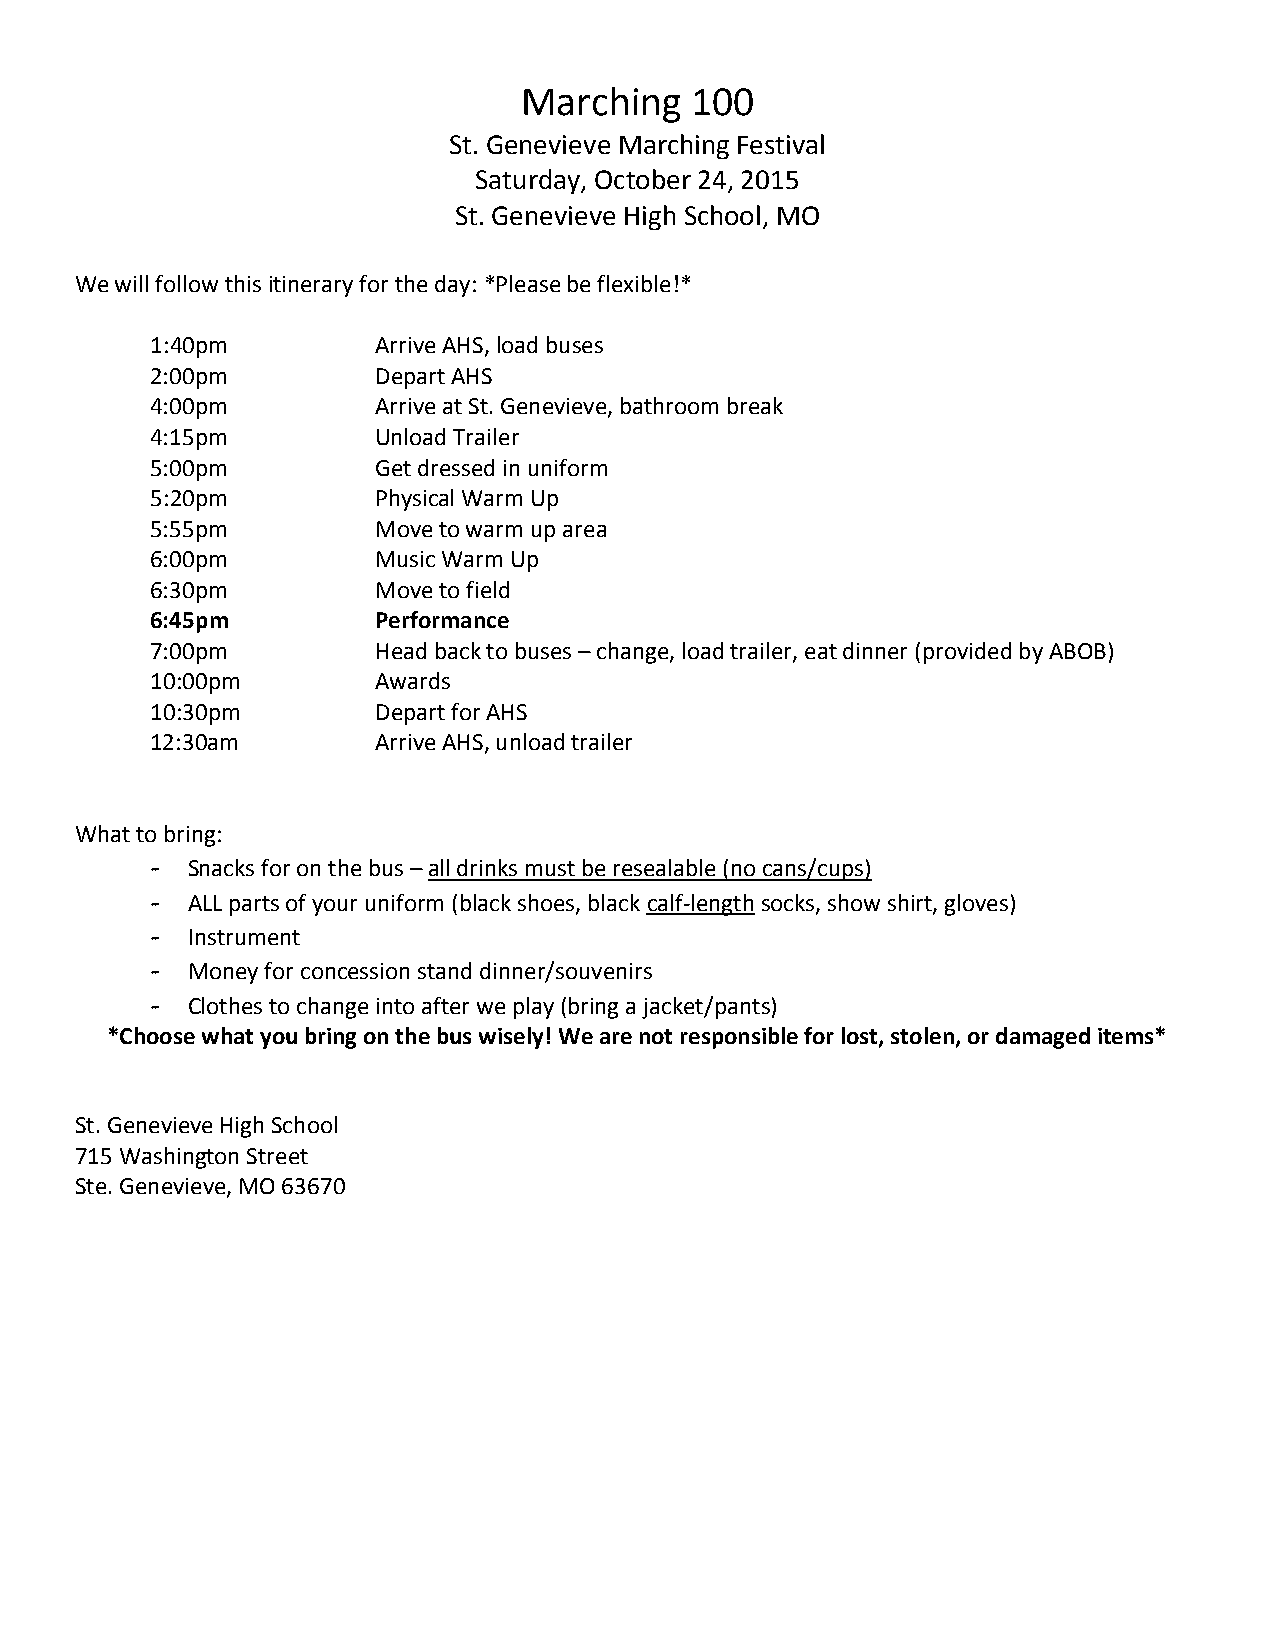
Marching    100
 St. Genevieve Marching Festival
 Saturday, October 24, 2015
 St. Genevieve High School, MO
 We will follow this itinerary for the day: *Please be flexible!*
 1:40pm         Arrive AHS, load buses
 2:00pm         Depart AHS
 4:00pm         Arrive at St. Genevieve, bathroom break
 4:15pm         Unload Trailer
 5:00pm         Get dressed in uniform
 5:20pm         Physical Warm Up
 5:55pm         Move to warm up area
 6:00pm         Music Warm Up
 6:30pm         Move to field
 6:45pm         Performance
 7:00pm         Head back to buses – change, load trailer, eat dinner (provided by ABOB)
 10:00pm        Awards
 10:30pm        Depart for AHS
 12:30am        Arrive AHS, unload trailer
 What to bring:
 - Snacks for on the bus – all drinks must be resealable (no cans/cups)
 - ALL parts of your uniform (black shoes, black calf-length socks, show shirt, gloves)
 - Instrument
 - Money for concession stand dinner/souvenirs
 - Clothes to change into after we play (bring a jacket/pants)
 *Choose what you bring on the bus wisely! We are not responsible for lost, stolen, or damaged items*
 St. Genevieve High School
 715 Washington Street
 Ste. Genevieve, MO 63670